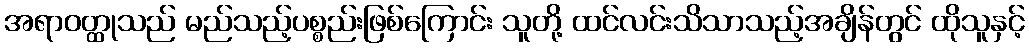
အရာဝတ္ထုသည် မည်သည့်ပစ္စည်းဖြစ်ကြောင်း သူတို့ ထင်လင်းသိသာသည့်အချိန်တွင် ထိုသူနှင့်